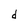
Character: d